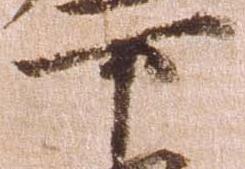
下